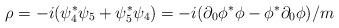
LaTeX: \begin{align*}\rho = -i(\psi^*_4 \psi_5 + \psi^*_5 \psi_4) = -i(\partial_0 \phi^* \phi-\phi^* \partial_0 \phi)/m\end{align*}